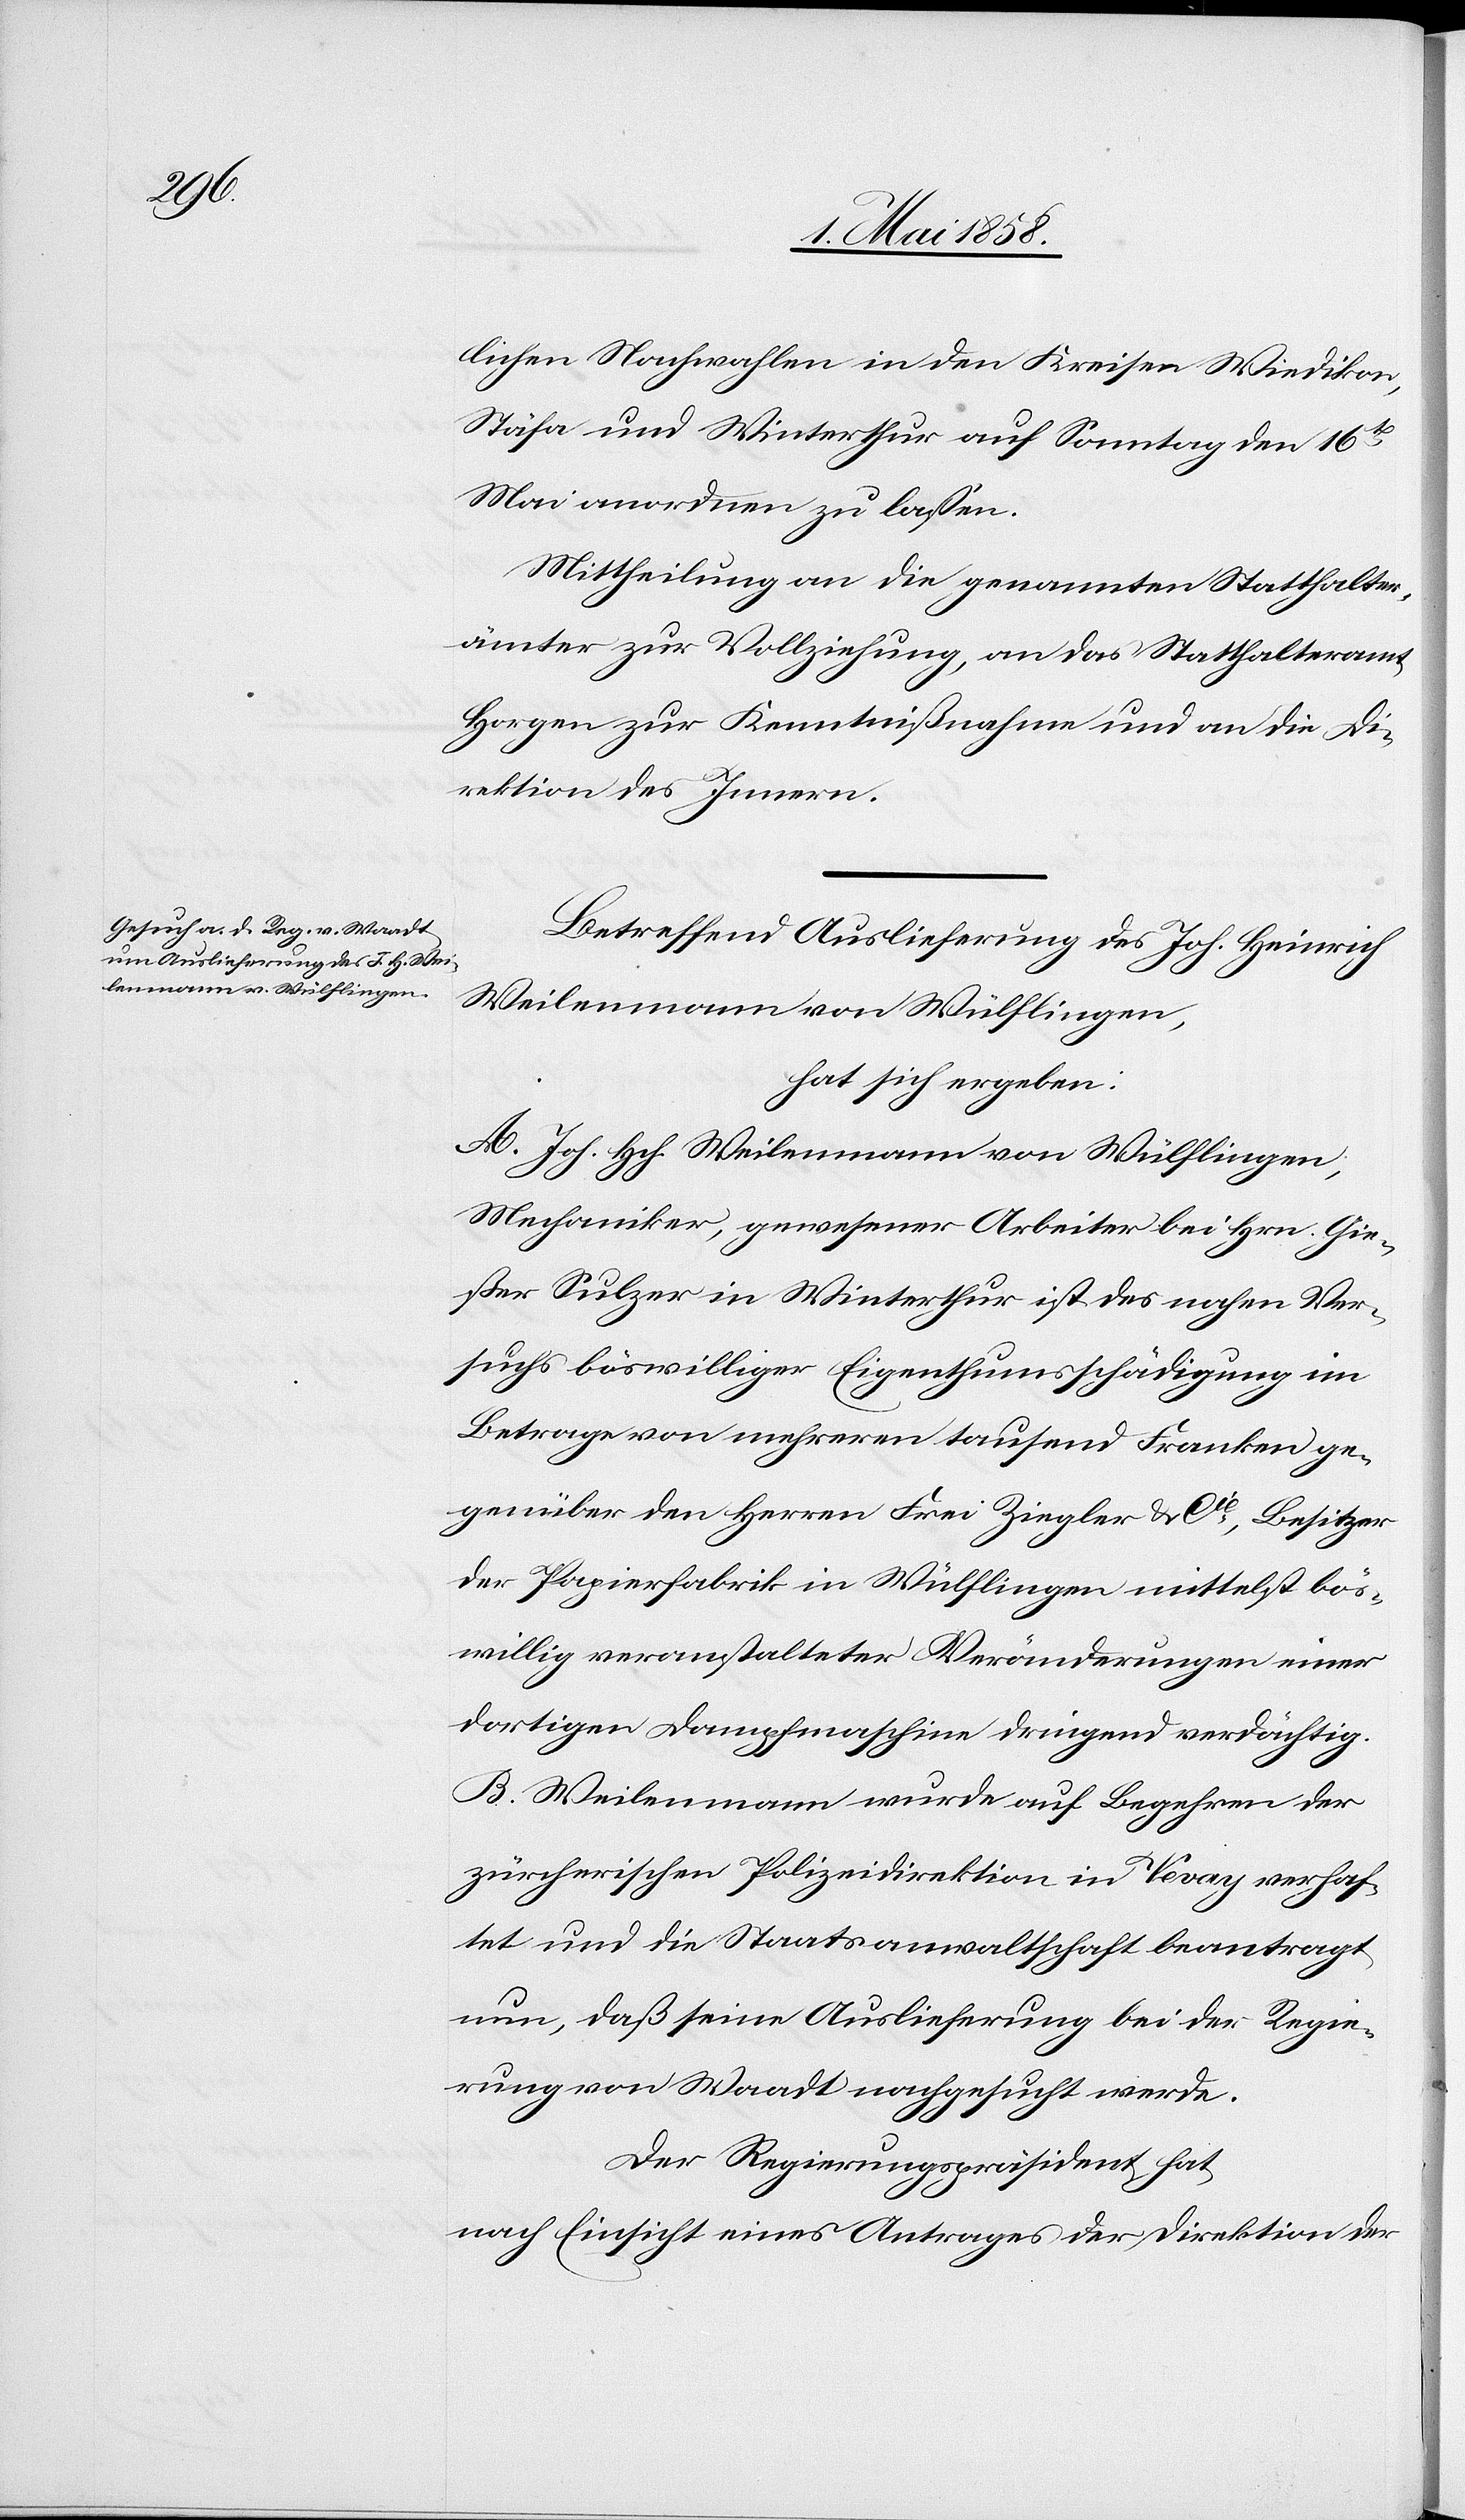
den

6. Mai 1858.]
lichen Nachwahlen in den Kreisen Wiedikon,
Stäfa und Winterthur auf Sonntag den 16t[en]
Mai anordnen zu lassen.
Mittheilung an die genannten Statthalter¬
ämter zur Vollziehung, an das Statthalteramt
Horgen zur Kenntnißnahme und an die Di¬
rektion des Innern.
Betreffend Auslieferung des Joh. Heinrich
Weilenmann von Wülflingen,
hat sich ergeben:
A. Joh. Hch. Weilenmann von Wülflingen,
Mechaniker, gewesener Arbeiter bei Hrn. Gie¬
ßer Sulzer in Winterthur ist des nahen Ver¬
suchs böswilliger Eigenthumsschädigung im
Betrage von mehreren tausend Franken ge¬
genüber den Herren Frei Ziegler & Cie, Besitzer
der Papierfabrik in Wülflingen mittelst bös¬
willig veranstalteter Veränderungen einer
dortigen Dampfmaschine dringend verdächtig.
B. Weilenmann wurde auf Begehren der
zürcherischen Polizeidirektion in Vevey verhaf¬
tet und die Staatsanwaltschaft beantragt
nun, daß seine Auslieferung bei der Regie¬
rung von Waadt nachgesucht werde.
Der Regierungspräsident hat,
nach Einsicht eines Antrages der Direktion der